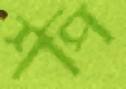
শপি